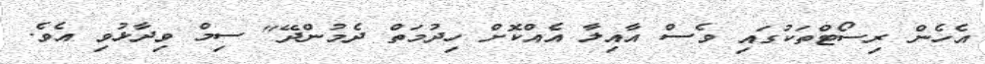
އެހެން ރިސޯޓްތަކުގައި ވެސް އާއިލާ އެއްކޮށް ހިދުމަތް ދެމުންދޭ" ސިމް ވިދާޅުވި އެވެ.